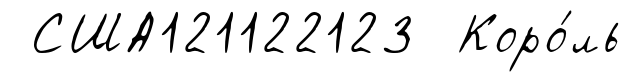
США121122123 Коро́ль